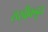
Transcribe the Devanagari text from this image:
सखीकडून